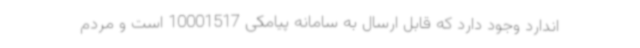
اندارد وجود دارد که قابل ارسال به سامانه پیامکی 10001517 است و مردم